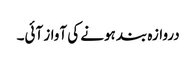
دروازہ بند ہونے کی آواز آئی۔